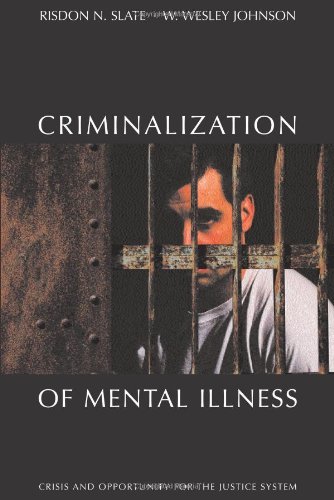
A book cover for The Criminalization of Mental Illness: Crisis and Opportunity for the Justice System; Risdon Slate; Law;